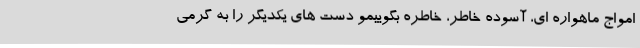
امواج ماهواره ای، آسوده خاطر، خاطره بگوییمو دست های یکدیگر را به گرمی